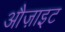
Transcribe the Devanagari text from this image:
औज़ाइट